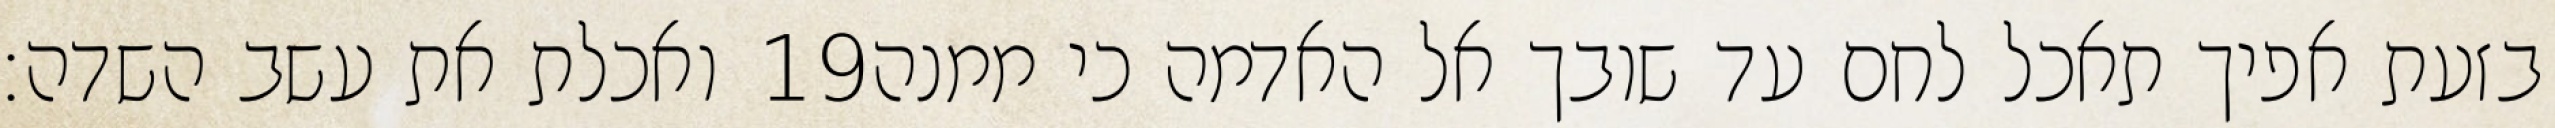
ואכלת את עשב השדה׃ ‎19‏ בזעת אפיך תאכל לחם עד שובך אל האדמה כי ממנה